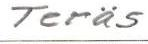
Teräs